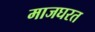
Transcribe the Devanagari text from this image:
माजघरत